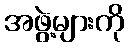
အဖွဲ့များကို